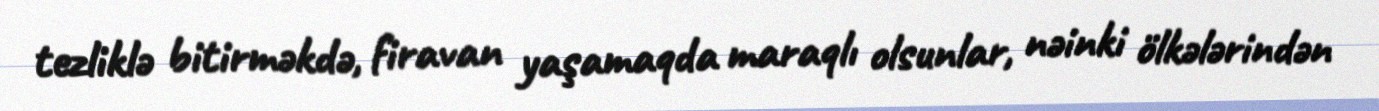
tezliklə bitirməkdə, firavan yaşamaqda maraqlı olsunlar, nəinki ölkələrindən